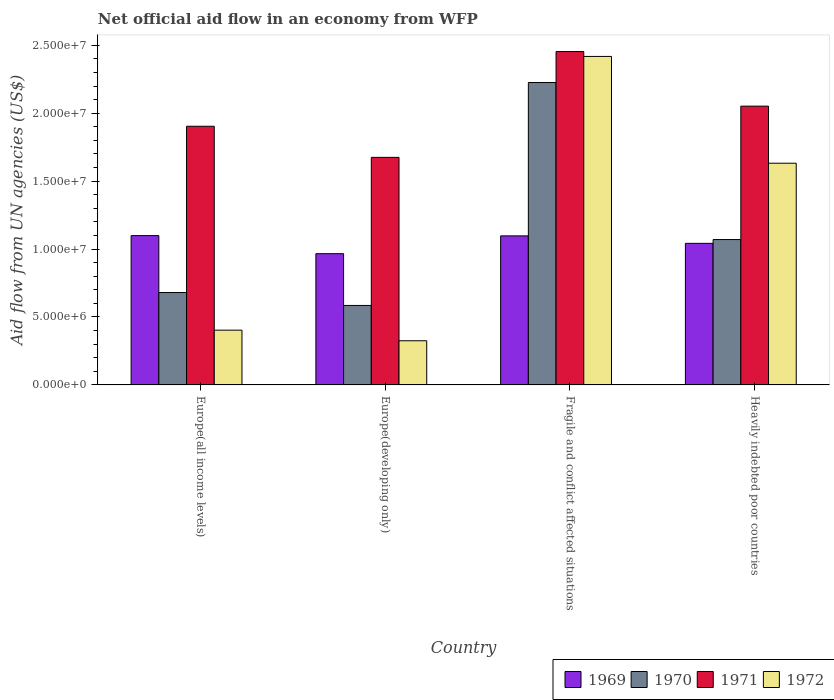
| Country | 1969 | 1970 | 1971 | 1972 |
 | --- | --- | --- | --- | --- |
 | Europe(all income levels) | 1.1e+07 | 6.8e+06 | 1.9e+07 | 4.03e+06 |
 | Europe(developing only) | 9.66e+06 | 5.85e+06 | 1.68e+07 | 3.25e+06 |
 | Fragile and conflict affected situations | 1.1e+07 | 2.23e+07 | 2.45e+07 | 2.42e+07 |
 | Heavily indebted poor countries | 1.04e+07 | 1.07e+07 | 2.05e+07 | 1.63e+07 |